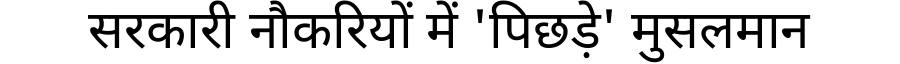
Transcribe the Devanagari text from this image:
सरकारी नौकरियों में 'पिछड़े' मुसलमान